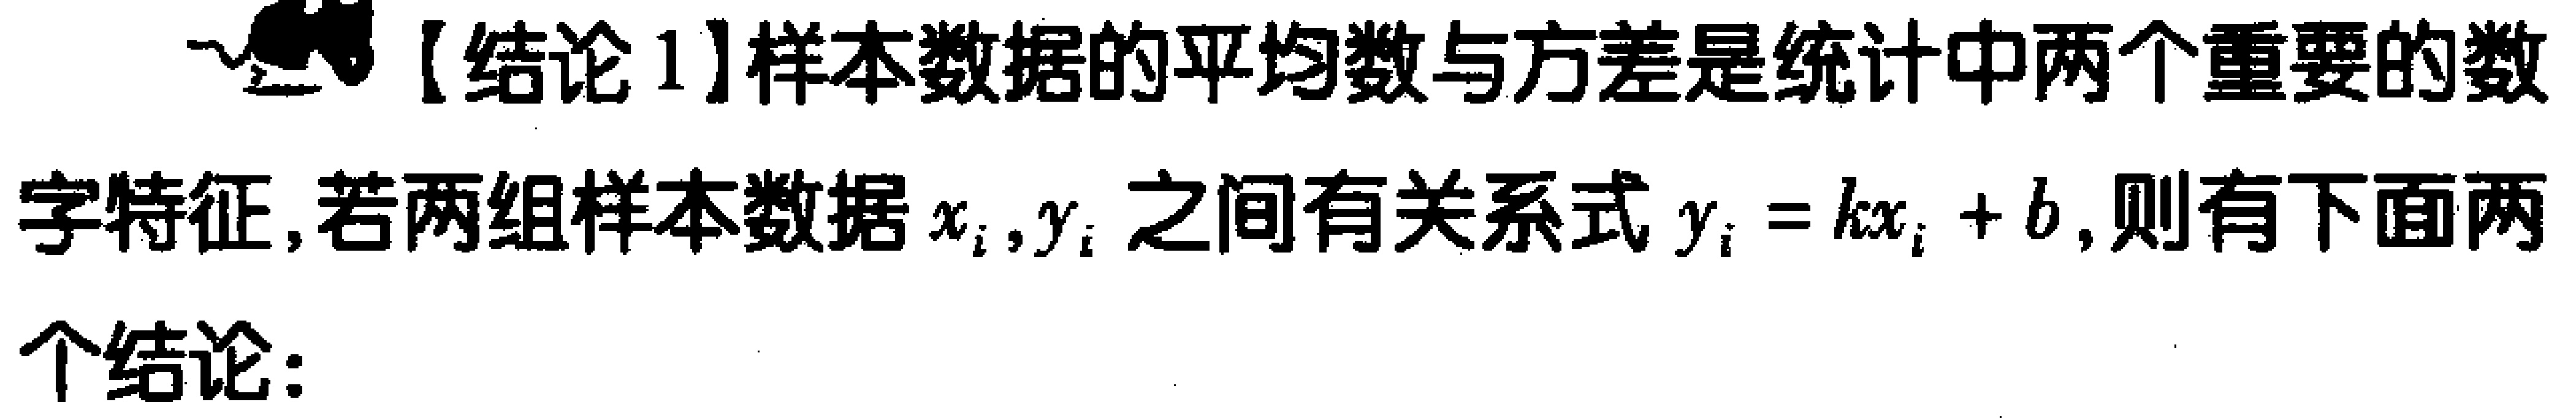
【结论1】样本数据的平均数与方差是统计中两个重要的数字特征，若两组样本数据\(x_{i},y_{i}\)之间有关系式\(y_{i}=kx_{i}+b\)，则有下面两个结论：